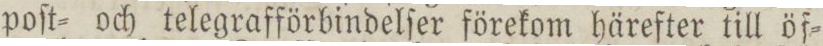
poſt= och telegrafförbindelſer förekom härefter till öf=